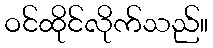
ဝင်ထိုင်လိုက်သည်။